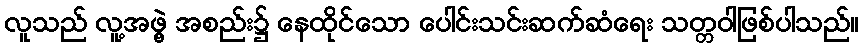
လူသည် လူ့အဖွဲ့ အစည်း၌ နေထိုင်သော ပေါင်းသင်းဆက်ဆံရေး သတ္တဝါဖြစ်ပါသည်။